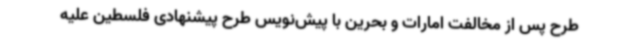
طرح پس از مخالفت امارات و بحرین با پیش‌نویس طرح پیشنهادی فلسطین علیه